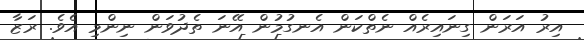
އިރު އަރަން ގިނައިރެއް ނެތްކަން އެނގުމުން އޭނަ ތެދުވަން ނިންމި އެވެ. ރަޒާ